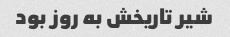
شیر تاریخش به روز بود